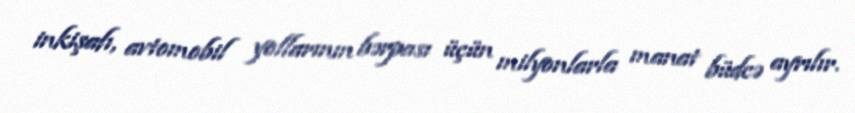
inkişafı, avtomobil yollarının bərpası üçün milyonlarla manat büdcə ayrılır.